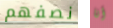
نصفهم أنا